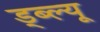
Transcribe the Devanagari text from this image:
ड्ब्ल्यू